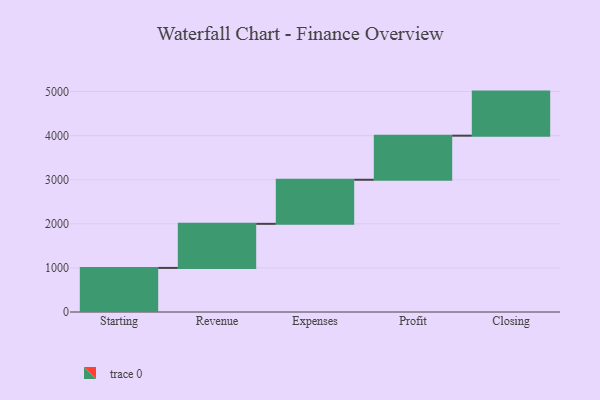
{"axis": {"x": "Step", "y": "Value"}, "legend": [""], "data": [{"x": "Starting", "y": 1000, "type": ""}, {"x": "Revenue", "y": 1000, "type": ""}, {"x": "Expenses", "y": 1000, "type": ""}, {"x": "Profit", "y": 1000, "type": ""}, {"x": "Closing", "y": 1000, "type": ""}]}